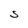
Character: S